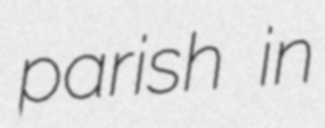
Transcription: parish in